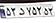
۵۲د۷۵۲۵۳